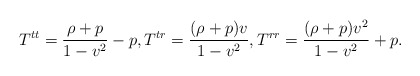
\begin{align*} T^{tt}=\frac{\rho+p}{1-v^2}-p,T^{tr}=\frac{(\rho+p)v}{1-v^2},T^{rr}=\frac{(\rho+p)v^2}{1-v^2}+p.\end{align*}